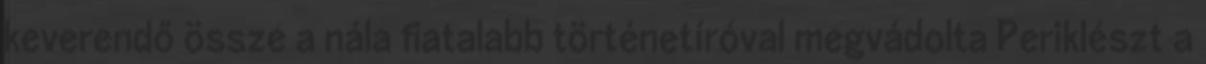
keverendő össze a nála fiatalabb történetíróval megvádolta Periklészt a